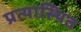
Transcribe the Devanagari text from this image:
प्रत्यास्थित